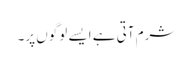
شرم آتی ہے ایسے لوگوں پر۔